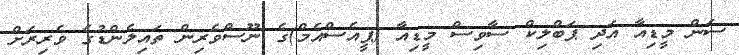
ސަން މީޑިއާ އަދި ޕަބްލިކް ސާވިސް މީޑިއާ (ޕީއެސްއެމް)ގެ ނޫސްވެރިން ތައިލެންޑުގެ ވެރިރަށް